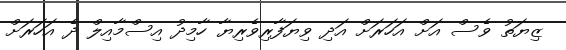
ޒިޔަތު ވެސް އަށް އަހަރަށް އަދި ވިޔަފާރިވެރިޔާ ހާމިދު އިސްމާއިލް ދެ އަހަރަށް